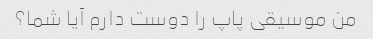
من موسیقی پاپ را دوست دارم آیا شما؟